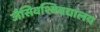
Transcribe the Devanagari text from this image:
जैसेिवश्विवद्यालय